Sketch of the medical history of the native army of Bombay, for the year
Year: 1876
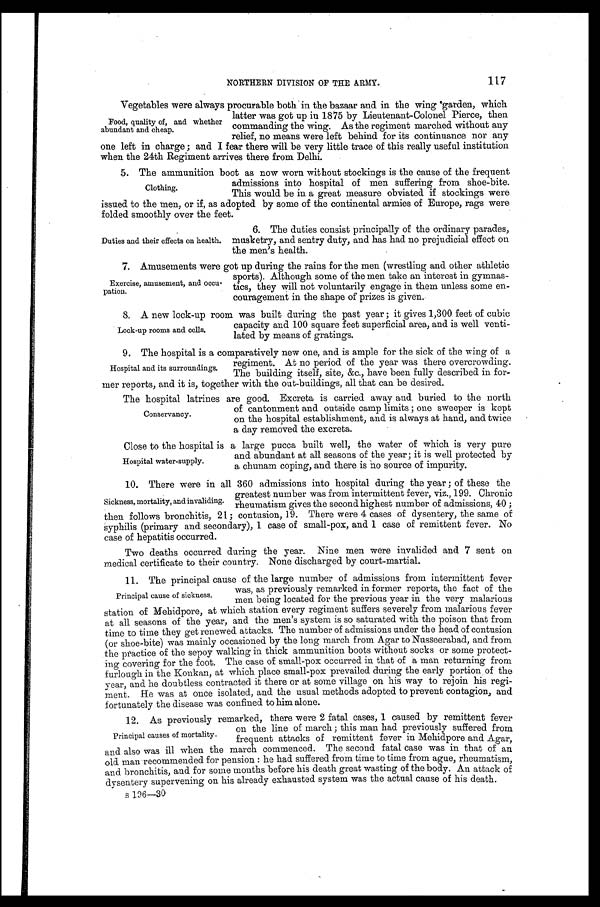
117
NORTHERN DIVISION OF THE ARMY.
Vegetables were always procurable both in the bazaar and in the wing garden, which
latter was got up in 1875 by Lieutenant-Colonel Pierce, then
commanding the wing. As the regiment marched without any
relief, no means were left behind for its continuance nor any
one left in charge; and I fear there will be very little trace of this really useful institution
when the 24th Regiment arrives there from Delhi.
5. The ammunition boot as now worn without stockings is the cause of the frequent
admissions into hospital of men suffering from shoe-bite.
This would be in a great measure obviated if stockings were
issued to the men, or if, as adopted by some of the continental armies of Europe, rags were
folded smoothly over the feet.
Food, quality of, and whether
abundant and cheap.
Clothing.
Duties and their effects on health.
6. The duties consist principally of the ordinary parades,
musketry, and sentry duty, and has had no prejudicial effect on
the men's health.
7 . A m u s e m e n t s w e r e g o t u p d u r i n g t h e r a i n s f o r t h e m e n ( w r e s t l i n g a n d o t h e r a t h l e t i c
sports). Although some of the men take an interest in gymnas-
-tics, they will not voluntarily engage in them unless some en-
-couragement in the shape of prizes is given.
8 . A n e w l o c k - u p r o o m w a s b u i l t d u r i n g t h e p a s t y e a r ; i t g i v e s 1 , 3 0 0 f e e t o f c u b i c
capacity and 100 square feet superficial area, and is well venti
-lated by means of gratings.
9 . T h e h o s p i t a l i s a c o m p a r a t i v e l y n e w o n e , a n d i s a m p l e f o r t h e s i c k o f t h e w i n g o f a
regiment. At no period of the year was there overcrowding.
The building itself, site, &c., have been fully described in for
- m e r r e p o r t s , a n d i t i s , t o g e t h e r w i t h t h e o u t - b u i l d i n g s , a l l t h a t c a n b e d e s i r e d .
The hospital latrines are good. Excreta is carried away and buried to the north
of cantonment and outside camp limits; one sweeper is kept
on the hospital establishment, and is always at hand, and twice
a day removed the excreta.
Close to the hospital is a large pucca built well, the water of which is very pure
and abundant at all seasons of the year; it is well protected by
a chunam coping, and there is no source of impurity.
10. There were in all 360 admissions into hospital during the year; of these the
greatest number was from intermittent fever, viz., 199. Chronic
rheumatism gives the second highest number of admissions, 40;
then follows bronchitis, 21; contusion, 19. There were 4 cases of dysentery, the same of
syphilis (primary and secondary), 1 case of small-pox, and 1 case of remittent fever. No
case of hepatitis occurred.
Two deaths occurred during the year. Nine men were invalided and 7 sent on
medical certificate to their country. None discharged by court-martial.
11. The principal cause of the large number of admissions from intermittent fever
was, as previously remarked in former reports, the fact of the
men being located for the previous year in the very malarious
station of Mehidpore, at which station every regiment suffers severely from malarious fever
at all seasons of the year, and the men's system is so saturated with the poison that from
time to time they get renewed attacks. The number of admissions under the head of contusion
(or shoe-bite) was mainly occasioned by the long march from Agar to Nusseerabad, and from
the practice of the sepoy walking in thick ammunition boots without socks or some protect-
ing covering for the foot. The case of small-pox occurred in that of a man returning from
furlough in the Konkan, at which place small-pox prevailed during the early portion , of the
year, and he doubtless contracted it there or at some village on his way to rejoin his regi--
ment. He was at once isolated, and the usual methods adopted to prevent contagion, and
fortunately the disease was confined to him alone.
12.
As previously remarked, there were 2 fatal cases, 1 caused by remittent fever
on the line of march; this man had previously suffered from
frequent attacks of remittent fever in Mehidpore and Agar,
and also was ill when the march commenced. The second fatal case was in that of an
old man recommended for pension: he had suffered from time to time from ague, rheumatism,
and bronchitis, and for some months before his death great wasting of the body. An attack of
dysentery supervening on his already exhausted system was the actual cause of his death.
B 1 9 6 — 3 0
Exercise, amusement, and occu-
pation.
Lock-up rooms and cells.
Hospital and its surroundings.
Conservancy.
Hospital water-supply.
Sickness, mortality, and invaliding.
Principal cause of sickness.
Principal causes of mortality.